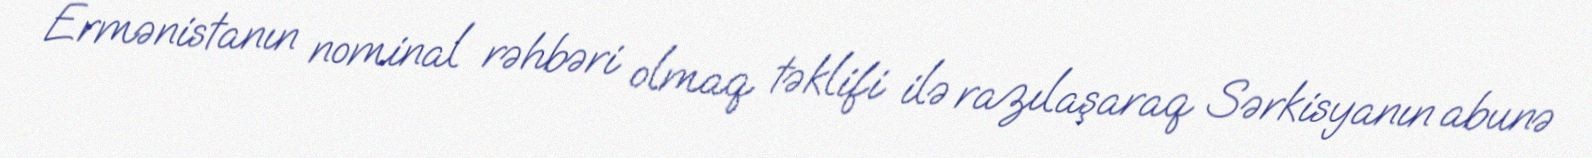
Ermənistanın nominal rəhbəri olmaq təklifi ilə razılaşaraq Sərkisyanın abunə